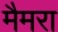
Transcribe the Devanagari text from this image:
मैमरा